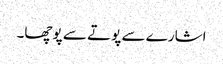
اشارے سے پوتے سے پوچھا۔